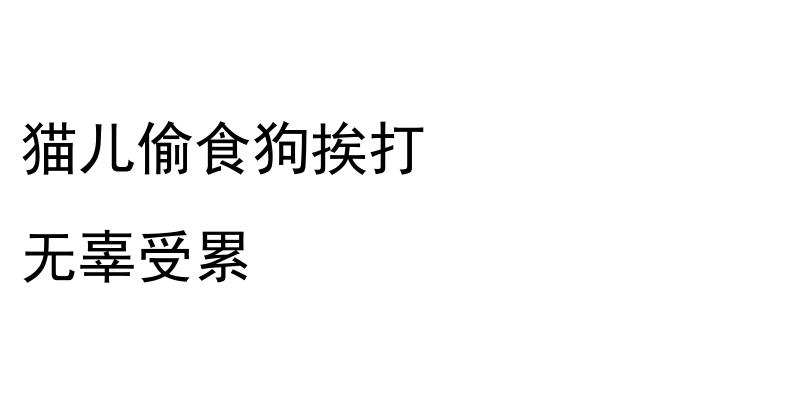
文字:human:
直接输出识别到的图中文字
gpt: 猫儿偷食狗挨打 无辜受累